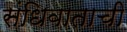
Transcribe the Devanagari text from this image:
संधिवाताची